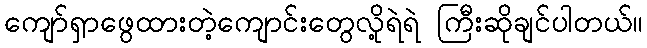
ကျော်ရှာဖွေထားတဲ့ကျောင်းတွေလို့ရဲရဲ ကြီးဆိုချင်ပါတယ်။